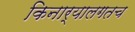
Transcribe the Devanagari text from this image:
किनार्‍यालगतच